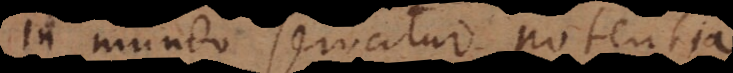
in mundo servatur potentia